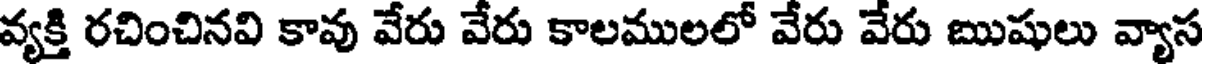
వ్యక్తి రచించినవి కావు వేరు వేరు కాలములలో వేరు వేరు ఋషులు వ్యాస